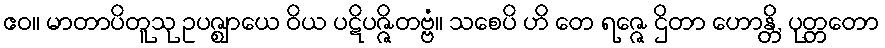
ဧဝ။ မာတာပိတူသု ဥပဇ္ဈာယေ ဝိယ ပဋိပဇ္ဇိတဗ္ဗံ။ သစေပိ ဟိ တေ ရဇ္ဇေ ဌိတာ ဟောန္တိ, ပုတ္တတော